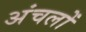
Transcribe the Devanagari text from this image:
अंचलोँ